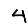
Digit: 4